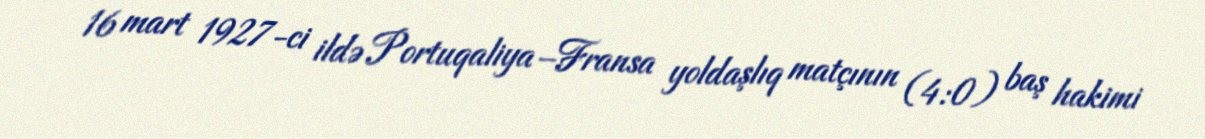
16 mart 1927-ci ildə Portuqaliya–Fransa yoldaşlıq matçının (4:0) baş hakimi